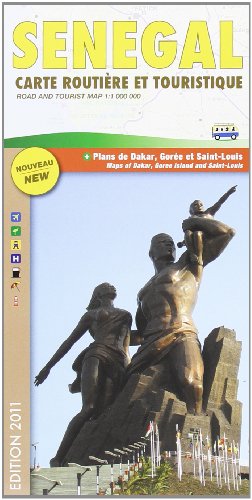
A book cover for Senegal Road Map (Carte Routiere et Touristique); Laure Kane Editions; Travel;